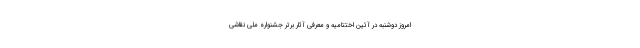
امروز دوشنبه در آئین اختتامیه و معرفی آثار برتر جشنواره ملی نقاشی